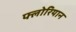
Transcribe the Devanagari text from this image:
फ्लोरियान